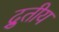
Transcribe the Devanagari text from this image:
द्रुतीय